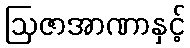
ဩဇာအာဏာနှင့်